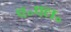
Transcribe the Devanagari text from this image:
ए॰एल॰